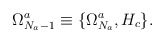
\begin{align*}\Omega^a_{N_a-1} \equiv \{\Omega^a_{N_a},H_c\}.\end{align*}